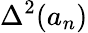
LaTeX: \Delta^{2}(a_{n})